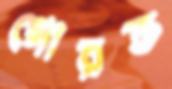
গোরক্ত